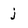
Character: j